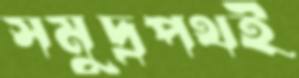
সমুদ্রপথই